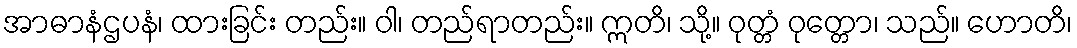
အာဓာနံဌပနံ၊ ထားခြင်း တည်း။ ဝါ၊ တည်ရာတည်း။ ဣတိ၊ သို့။ ဝုတ္တံ ဝုတ္တော၊ သည်။ ဟောတိ၊